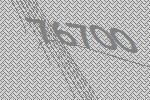
76700